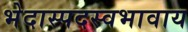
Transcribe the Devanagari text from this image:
भेदास्पदस्वभावाय